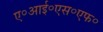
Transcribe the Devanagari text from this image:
ए॰आई॰एस॰एफ॰